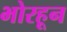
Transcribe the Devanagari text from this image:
भोरहून